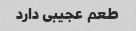
طعم عجیبی دارد